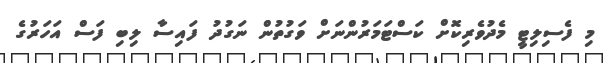
މި ފެސިލިޓީ މެދުވެރިކޮށް ކަސްޓަމަރުންނަށް ވަގުތުން ނަގުދު ފައިސާ ލިބި ފަސް އަހަރުގެ